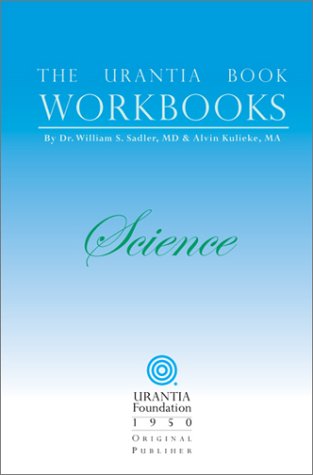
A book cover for The Urantia Book Workbooks: Volume II - Science; Alvin Kulieke; Religion & Spirituality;